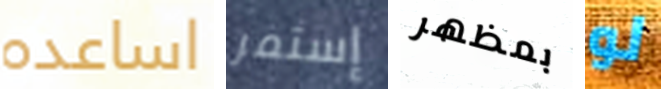
اساعده إستمر بمظهر لو